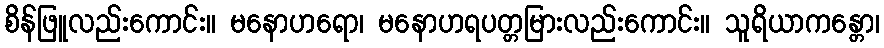
စိန်ဖြူလည်းကောင်း။ မနောဟရော၊ မနောဟရပတ္တမြားလည်းကောင်း။ သူရိယာကန္တော၊